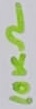
Text: 10KΩ